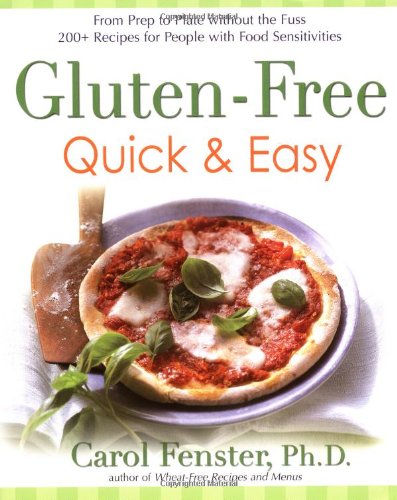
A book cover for Gluten-Free Quick & Easy: From Prep to Plate Without the Fuss - 200+ Recipes for People with Food Sensitivities; Carol Fenster Ph.D.; Cookbooks, Food & Wine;